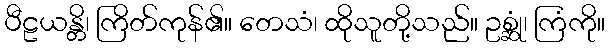
ပီဠယန္တိ၊ ကြိတ်ကုန်၏။ တေသံ၊ ထိုသူတို့သည်။ ဥစ္ဆုံ၊ ကြံကို။